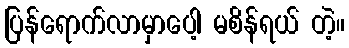
ပြန်ရောက်လာမှာပေါ့ မစိန်ရယ် တဲ့။